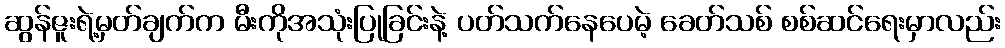
ဆွန်ဇူးရဲ့မှတ်ချက်က မီးကိုအသုံးပြုခြင်းနဲ့ ပတ်သက်နေပေမဲ့ ခေတ်သစ် စစ်ဆင်ရေးမှာလည်း